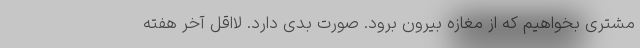
مشتری بخواهیم که از مغازه بیرون برود. صورت بدی دارد. لااقل آخر هفته